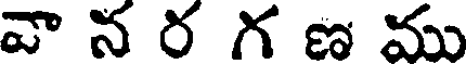
వా న ర గ ణ ము